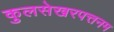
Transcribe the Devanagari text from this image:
कुलसेखरपत्तनम